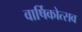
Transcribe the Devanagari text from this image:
वार्षिकोत्‍सव